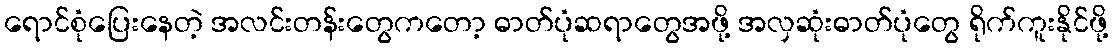
ရောင်စုံပြေးနေတဲ့ အလင်းတန်းတွေကတော့ ဓာတ်ပုံဆရာတွေအဖို့ အလှဆုံးဓာတ်ပုံတွေ ရိုက်ကူးနိုင်ဖို့